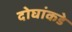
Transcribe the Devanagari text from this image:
दोघांकडे